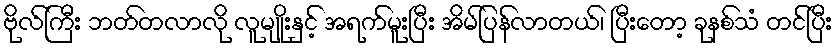
ဗိုလ်ကြီး ဘတ်တလာလို လူမျိုးနှင့် အရက်မူးပြီး အိမ်ပြန်လာတယ်၊ ပြီးတော့ ခုနစ်သံ တင်ပြီး